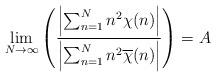
LaTeX: \begin{align*}\lim_{N\rightarrow \infty}\left(\frac{\left|\sum_{n=1}^N n^2 \chi(n)\right|}{\left|\sum_{n=1}^N n^2 \overline{\chi}(n)\right|}\right) = A \end{align*}